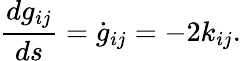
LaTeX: \frac{dg_{ij}}{ds}=\dot{g}_{ij}=-2{k}_{ij}.